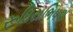
રૂધિરાભિષણ